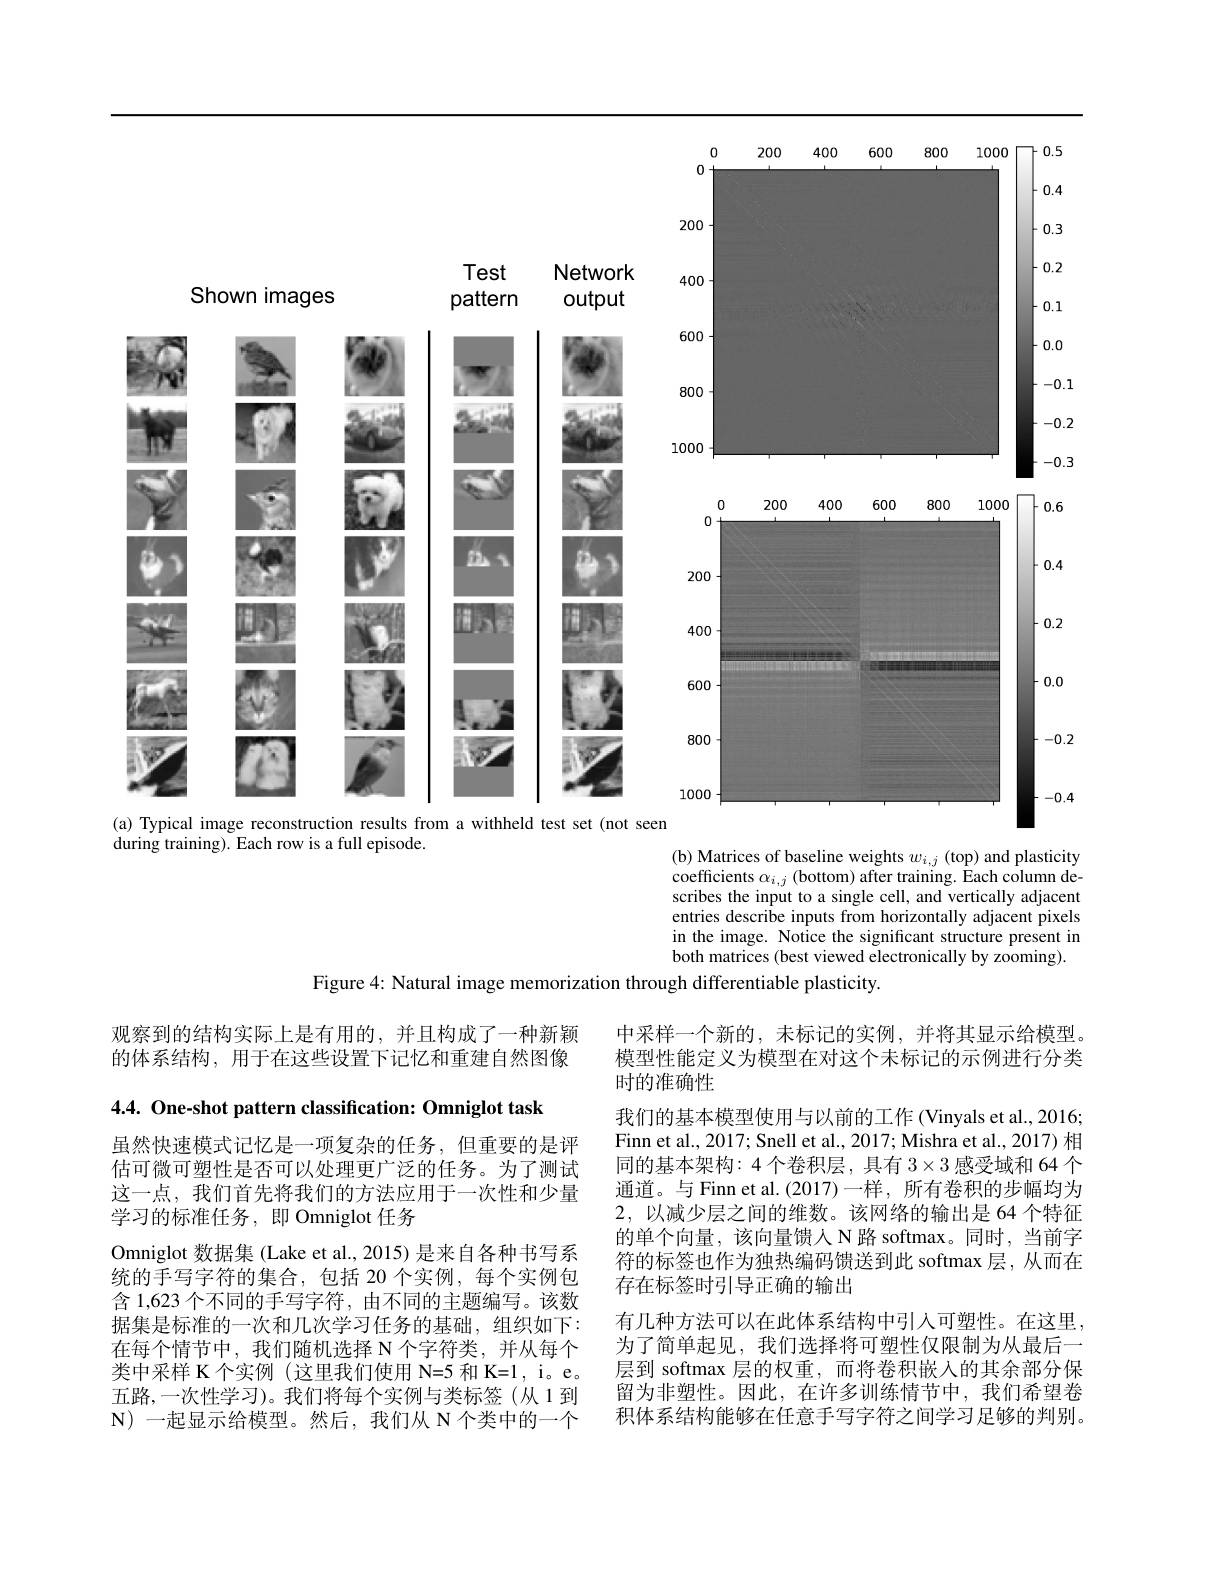
<FigureHere>
during training). Each row is a full episode.

( b) Matrices of baseline weights $w_{i, j}$ ( top) and plasticity $\begin{array}{l}{\text{coefficients }\alpha_{i,j}\left(\mathrm{bottom}\right)\mathrm{after~training.~Each~column~de-}}\\{\mathrm{scribes~the~input~to~a~single~cell,~and~vertically~adjacent}}\end{array}$ entries describe inputs from horizontally adjacent pixels in the image. Notice the significant structure present in both matrices (best viewed electronically by zooming).
Figure 4: Natural image memorization through differentiable plasticity.

观察到的结构实际上是有用的，并且构成了一种新颖的体系结构，用于在这些设置下记忆和重建自然图像

4.4. One-shot pattern classification: Omniglot task

中采样一个新的，未标记的实例，并将其显示给模型。模型性能定义为模型在对这个未标记的示例进行分类时的准确性
我们的基本模型使用与以前的工作 (Vinyals et al., 2016; Finn et al., 2017; Snell et al., 2017; Mishra et al., 2017) 相同的基本架构：4个卷积层，具有$3\times3$感受域和 64 个通道。与 Finn et al.(2017)一样，所有卷积的步幅均为2,以减少层之间的维数。该网络的输出是 64 个特征的单个向量，该向量馈人 N 路 softmax。同时，当前字符的标签也作为独热编码馈送到此 softmax 层，从而在存在标签时引导正确的输出
有几种方法可以在此体系结构中引入可塑性。在这里， 为了简单起见，我们选择将可塑性仅限制为从最后一层到 softmax 层的权重，而将卷积嵌入的其余部分保留为非塑性。因此，在许多训练情节中，我们希望卷积体系结构能够在任意手写字符之间学习足够的判别。

虽然快速模式记忆是一项复杂的任务，但重要的是评估可微可塑性是否可以处理更广泛的任务。为了测试这一点，我们首先将我们的方法应用于一次性和少量学习的标准任务，即 Omniglot 任务
Omniglot 数据集 (Lake et al., 2015) 是来自各种书写系统的手写字符的集合，包括 20 个实例，每个实例包含 1,623 个不同的手写字符，由不同的主题编写。该数据集是标准的一次和几次学习任务的基础，组织如下： 在每个情节中，我们随机选择 N 个字符类，并从每个类中采样 K 个实例 (这里我们使用 N=5 和 K=1, i。e。五路，一次性学习)。我们将每个实例与类标签(从1到N)一起显示给模型。然后，我们从 N 个类中的一个